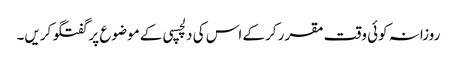
روزانہ کوئی وقت مقرر کرکے اس کی دلچسپی کے موضوع پر گفتگو کریں۔